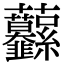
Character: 𧆙